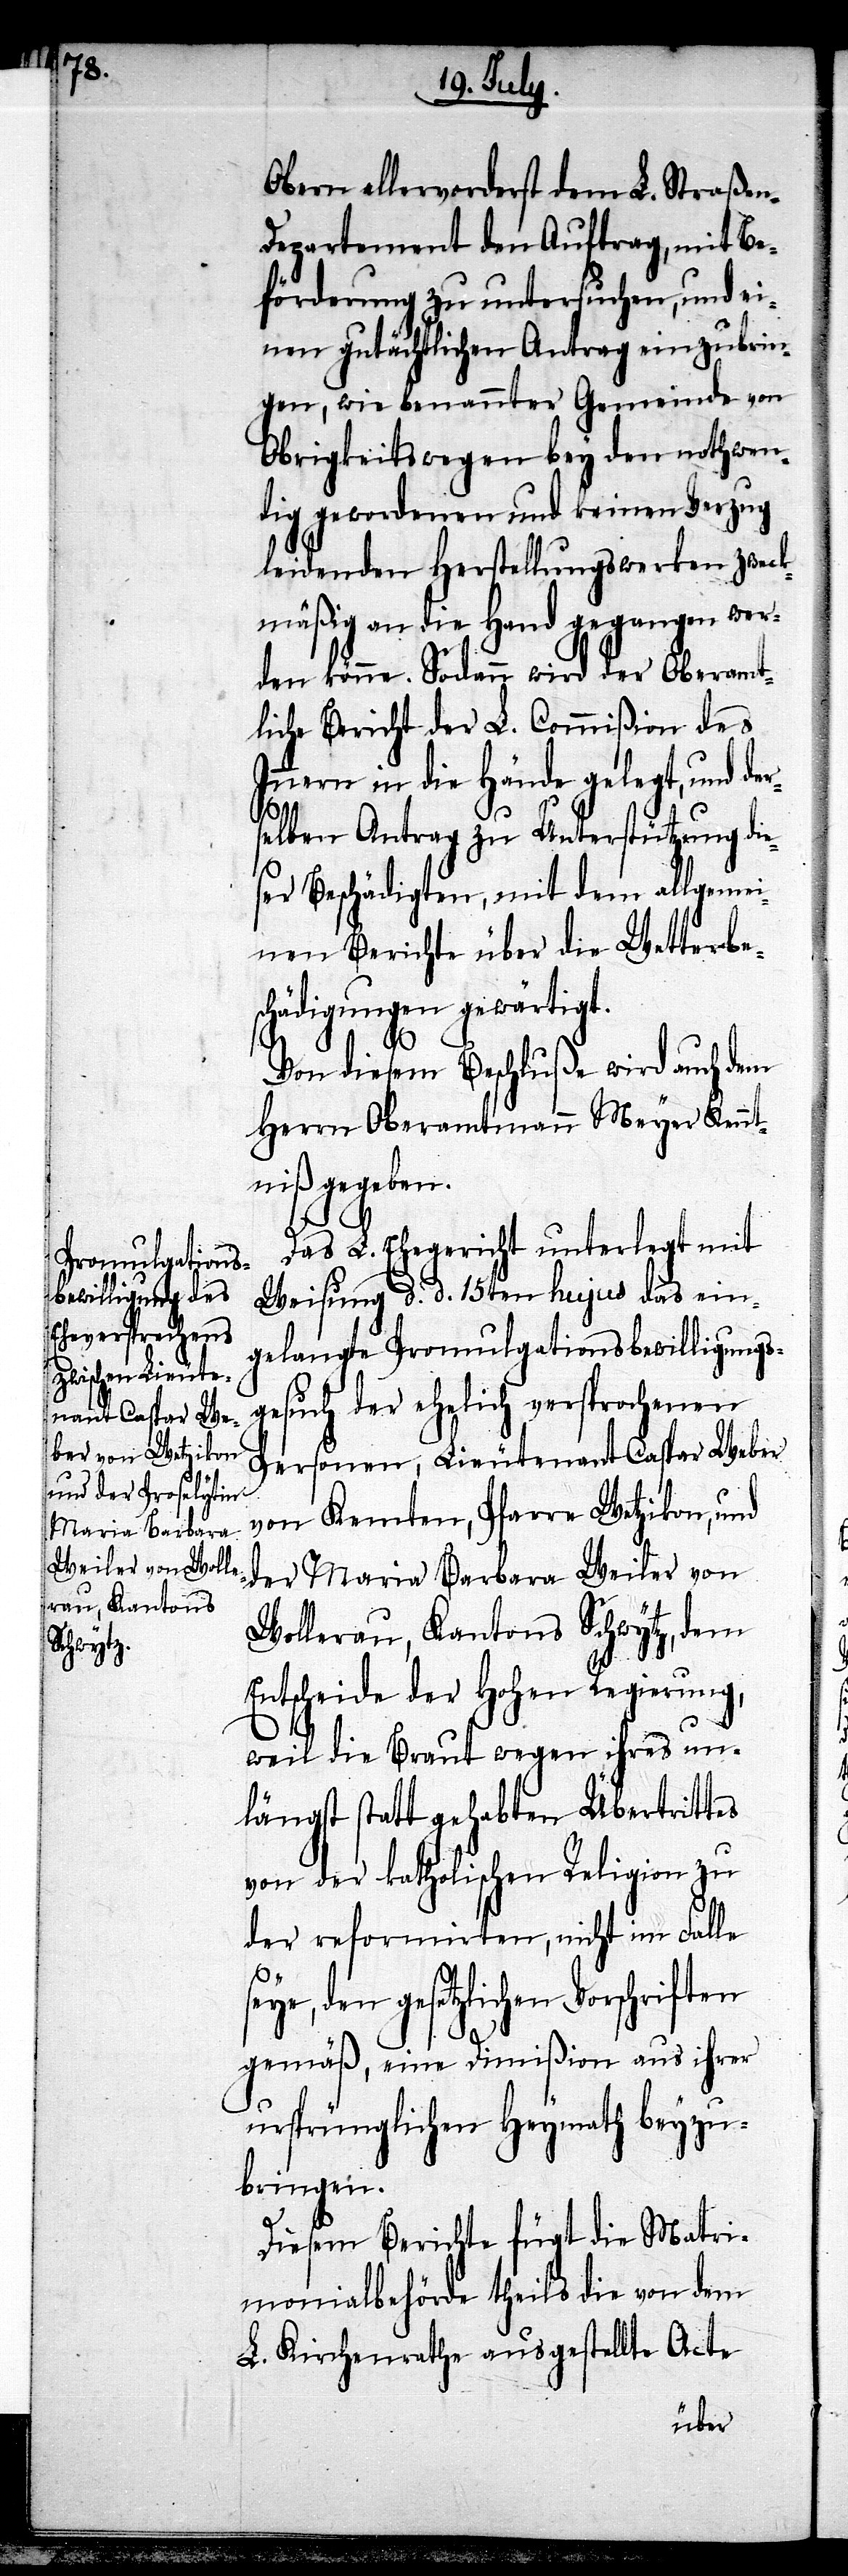
Obern allervorderst dem L. Straßen-D¬
epartement den Auftrag, mit Be¬
förderung zu untersuchen, und ei¬
nen gutächtlichen Antrag einzubrin¬
gen, wie benannter Gemeinde von
Obrigkeitswegen bey den nothwen¬
dig gewordenen und keinen Verzug
leidenden Herstellungswerken zweck¬
mäßig an die Hand gegangen wer¬
den könne. Sodann wird der Oberamt¬
liche Bericht der L. Commißion des
Innern in die Hände gelegt, und der¬
selben Antrag zu Unterstützung die¬
ser Beschädigten, mit dem allgemei¬
nen Berichte über die Wetterbe¬
schädigungen gewärtigt.
Von diesem Beschluße wird auch dem
Herrn Oberamtmann Meyer Kennt¬
niß gegeben.
Das L. Ehegericht unterlegt mit
Weisung d. d. 15ten hujus das ein¬
gelangte Promulgationsbewilligungs¬
gesuch der ehelich versprochenen
Personen, Lieutenant Caspar Weber
von Kemten, Pfarre Wetzikon, und
der Maria Barbara Weiler von
Wollerau, Kantons Schwytz, dem
Entscheide der Hohen Regierung,
weil die Braut wegen ihres un¬
längst statt gehabten Übertrittes
von der katholischen Religion zu
der reformirten, nicht im Falle
den gesetzlichen Vorschriften
gemäß, eine Dimißion aus ihrer
ursprünglichen Heymath beyzu¬
bringen.
Diesem Berichte fügt die Matri¬
monialbehörde theils die von dem
L. Kirchenrathe ausgestellte Acte